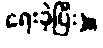
ရေးခဲ့ပြီး)။